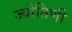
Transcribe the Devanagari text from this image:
ज्योतिणी